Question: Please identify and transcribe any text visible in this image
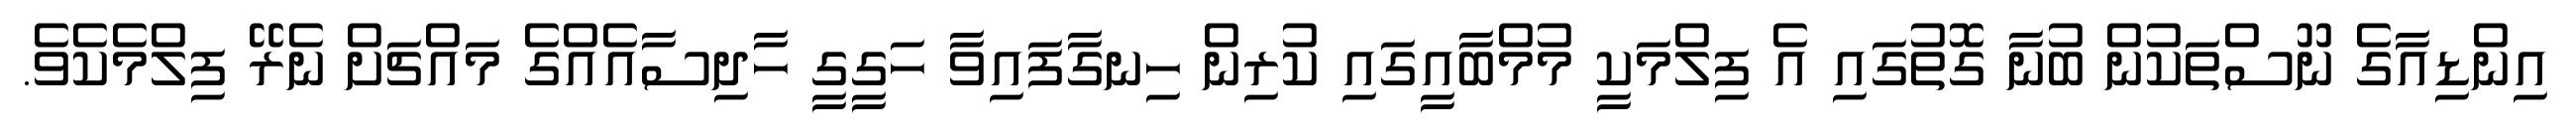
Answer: އިންޑިއާގެ ނޫސްތަކުން ބުނާ ގޮތުގައި އެ ފިލްމަކީ މުމްބާއީގައި ކުރިން ހިނގާފައިވާ ހަގީގީ ހާދިސާއެއްގެ މައްޗަށް ނެރޭ ފިލްމެކެވެ.